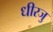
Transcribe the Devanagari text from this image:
धीरजु